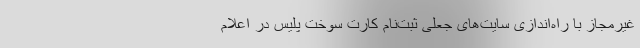
غیرمجاز با راه‌اندازی سایت‌های جعلی ثبت‌نام کارت سوخت پلیس در اعلام